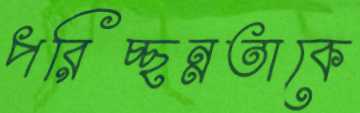
পরিচ্ছন্নতাকে